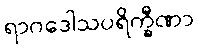
ရာဂဒေါသပရိက္ခီဏာ